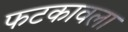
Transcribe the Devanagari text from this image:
फटकावला